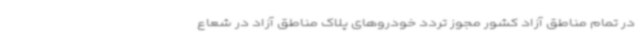
در تمام مناطق آزاد کشور مجوز تردد خودروهای پلاک مناطق آزاد در شعاع